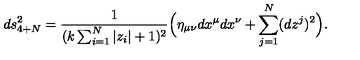
d s _ { 4 + N } ^ { 2 } = \frac { 1 } { ( k \sum _ { i = 1 } ^ { N } | z _ { i } | + 1 ) ^ { 2 } } \Big ( \eta _ { \mu \nu } d x ^ { \mu } d x ^ { \nu } + \sum _ { j = 1 } ^ { N } ( d z ^ { j } ) ^ { 2 } \Big ) .